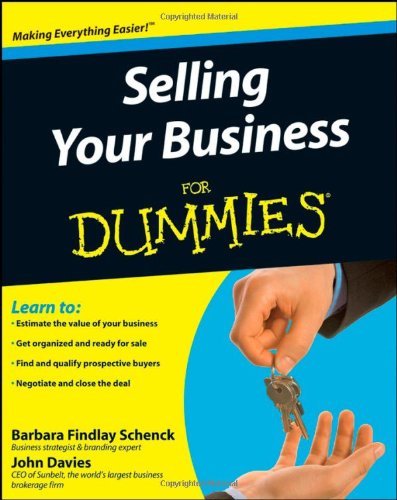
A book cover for Selling Your Business For Dummies; Barbara Findlay Schenck; Business & Money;